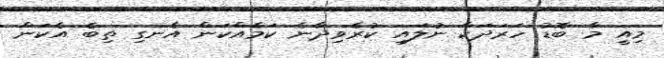
މިއީ މާ ބޮޑު ހަރަދަކާ ނުލައި ކުރެވިދާނެ ކަމެއްކަން އެނގި ތިބެ އެކަން